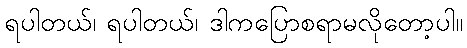
ရပါတယ်၊ ရပါတယ်၊ ဒါကပြောစရာမလိုတော့ပါ။